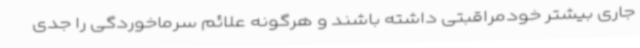
جاری بیشتر خودمراقبتی داشته باشند و هرگونه علائم سرماخوردگی را جدی